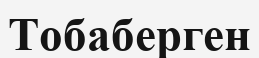
Тобаберген